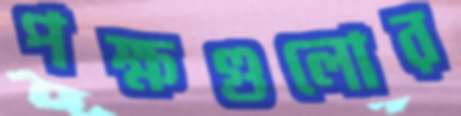
পক্ষগুলোর